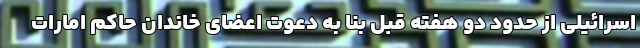
اسرائیلی از حدود دو هفته قبل بنا به دعوت اعضای خاندان حاکم امارات